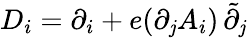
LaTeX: D_{i}=\partial_{i}+e(\partial_{\mathit{j}}A_{i})\, \tilde{{\partial}}_{\mathit{j}}